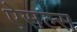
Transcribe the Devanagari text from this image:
ऐसल्स